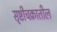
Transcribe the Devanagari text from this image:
सृष्टीचक्रातील